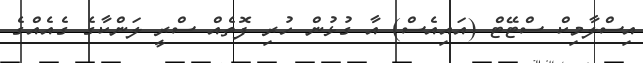
އިސްލާމިކް ސްޓޭޓް (އައިއެސް) އާ ގުޅުން ހުރި ފޮތެއް ސްރީ ލަންކާގެ ގެއެއްގެ